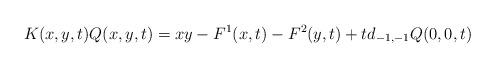
LaTeX: \begin{align*}K(x,y,t) Q(x,y,t) &= xy - F^1(x,t) - F^2(y,t) +td_{-1,-1}Q(0,0,t)\end{align*}